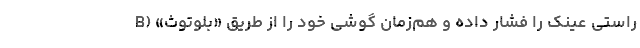
راستی عینک را فشار داده و هم‌زمان گوشی خود را از طریق «بلوتوث» (B